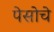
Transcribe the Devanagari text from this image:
पेसोचे